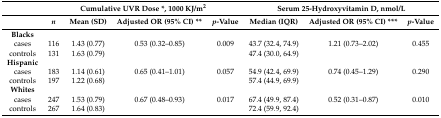
<table><thead><tr><td></td><td colspan="4"><b>Cumulative UVR Dose *, 1000 KJ/m<sup>2</sup></b></td><td colspan="3"><b>Serum 25-Hydroxyvitamin D, nmol/L</b></td></tr><tr><td></td><td><b><i>n</i></b></td><td><b>Mean (SD)</b></td><td><b>Adjusted OR (95% CI) **</b></td><td><b><i>p</i>-Value</b></td><td><b>Median (IQR)</b></td><td><b>Adjusted OR (95% CI) ***</b></td><td><b><i>p</i>-Value</b></td></tr></thead><tbody><tr><td><b>Blacks</b></td><td></td><td></td><td></td><td></td><td></td><td></td><td></td></tr><tr><td>cases</td><td>116</td><td>1.43 (0.77)</td><td>0.53 (0.32–0.85)</td><td>0.009</td><td>43.7 (32.4, 74.9)</td><td>1.21 (0.73–2.02)</td><td>0.455</td></tr><tr><td>controls</td><td>131</td><td>1.63 (0.79)</td><td></td><td></td><td>47.4 (30.0, 64.9)</td><td></td><td></td></tr><tr><td><b>Hispanic</b></td><td></td><td></td><td></td><td></td><td></td><td></td><td></td></tr><tr><td>cases</td><td>183</td><td>1.14 (0.61)</td><td>0.65 (0.41–1.01)</td><td>0.057</td><td>54.9 (42.4, 69.9)</td><td>0.74 (0.45–1.29)</td><td>0.290</td></tr><tr><td>controls</td><td>197</td><td>1.22 (0.68)</td><td></td><td></td><td>57.4 (44.9, 69.9)</td><td></td><td></td></tr><tr><td><b>Whites</b></td><td></td><td></td><td></td><td></td><td></td><td></td><td></td></tr><tr><td>cases</td><td>247</td><td>1.53 (0.79)</td><td>0.67 (0.48–0.93)</td><td>0.017</td><td>67.4 (49.9, 87.4)</td><td>0.52 (0.31–0.87)</td><td>0.010</td></tr><tr><td>controls</td><td>267</td><td>1.64 (0.83)</td><td></td><td></td><td>72.4 (59.9, 92.4)</td><td></td><td></td></tr></tbody></table>